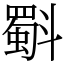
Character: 斣